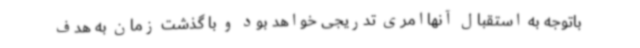
باتوجه به استقبال آنهاامری تدریجی خواهد بود و با گذشت زمان به هدف